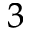
^ { 3 }